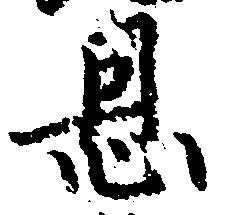
恩